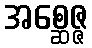
အစ္ဆေဇ္ဇ